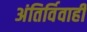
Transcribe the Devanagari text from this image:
अंतिर्विवाही